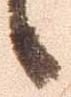
候